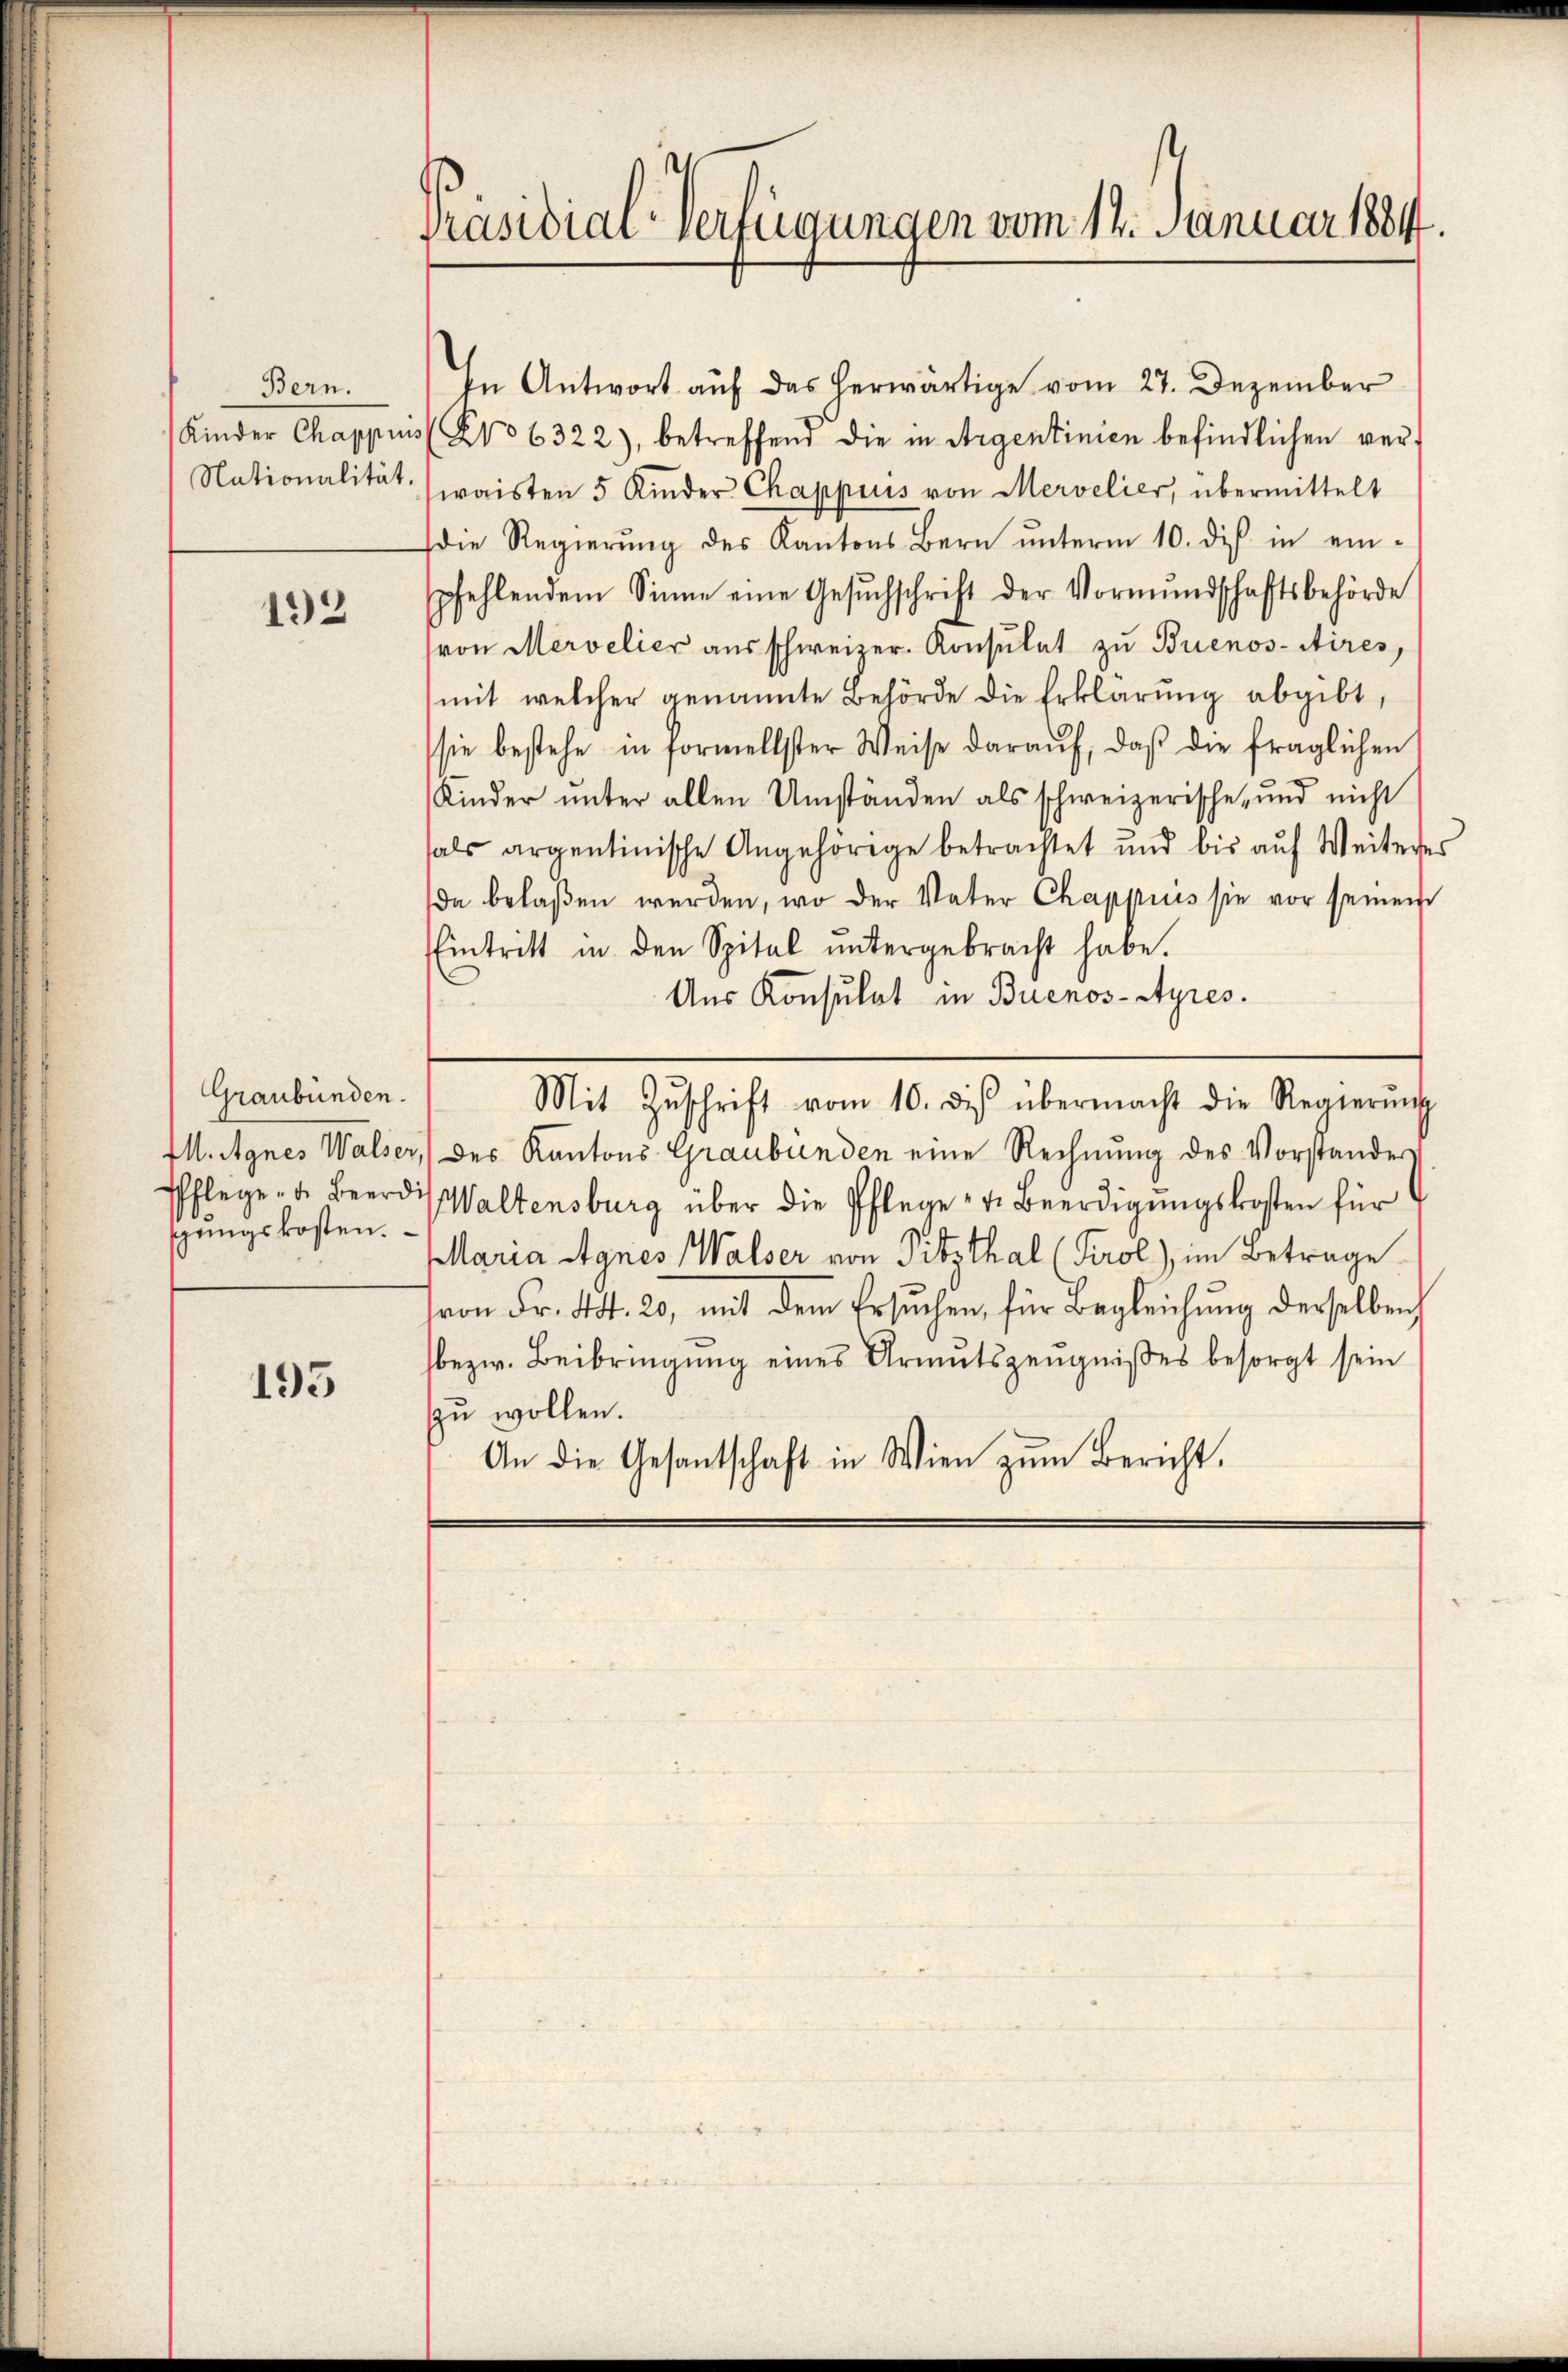
Bern.

192

Graubünden.
sŭngskosten.

193

Präsidial-Verfügungen vom 14. Januar 1884.

In Antwort auf das herwärtige vom 27. Dezember
Kinder Chappuis (No 6322), betreffend die in Argentinien befindlichen ver¬
Nationalität waisten 5 Kinder Chappuis von Mervelier, übermittelt
die Regierŭng des Kantons Bern ŭnterm 10. di in ein-
pfehlendem Sinne eine Gesŭchschrift der Vormŭndschaftsbehörde
von Mervelier aus schweizer. Konsulat zu Buenos-Aires,
mit welcher genannte Behörde die Erklärung abgibt,
sie bestehe in formellster Weise daraŭf, daβ die fraglichen
Kinder ŭnter allen Umständen als schweizerische und nicht
als argentinische Angehörige betrachtet und bis aŭf Weiteres
da belaßen werden, wo der Vater Chappiis sie vor seinem
Eintritt in den Spital ŭntergebracht habe.
Aus Konsulat in Buenos-Ayres.
Mit Zŭschrift vom 10. die übermacht die Regierŭng
M. Agnes Walser, des Kantons Graubünden eine Rechnung des Vorstandes
Pflege u. Beerdi Waltensburg über die Pflege - u. Beerdigŭngskosten für
Maria Agnes Walser von Pitzthal (Tirol), im Betrage
von Fr. Art. 20, mit dem Ersuchen, für Begleichŭng derselben
bezw. Beibringung eines Armutszeugnißes besorgt sein
zu wollen.
An die Gesantschaft in Wien zŭm Bericht.